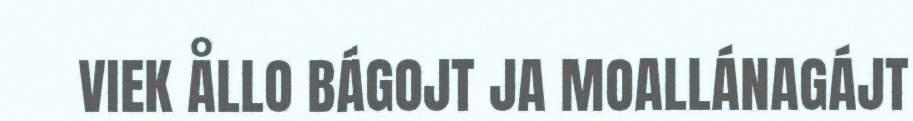
VIEK ÅLLO BÁGOJT JA MOALLÁNAGÁJT